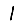
Digit: 1